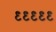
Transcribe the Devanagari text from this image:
९९९९९